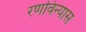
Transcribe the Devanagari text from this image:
रणविन्यास